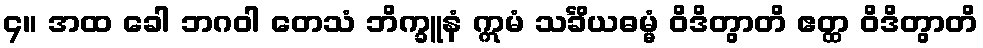
၄။ အထ ခေါ ဘဂဝါ တေသံ ဘိက္ခူနံ ဣမံ သင်္ခိယဓမ္မံ ဝိဒိတွာတိ ဧတ္ထ ဝိဒိတွာတိ